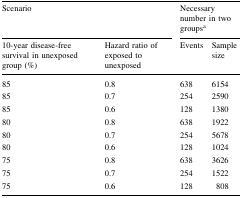
<table><thead><tr><td colspan="2"><b>Scenario</b></td><td colspan="2"><b>Necessary number in two groups<sup>a</sup></b></td></tr><tr><td><b>10-year disease-free survival in unexposed group (%)</b></td><td><b>Hazard ratio of exposed to unexposed</b></td><td><b>Events</b></td><td><b>Sample size</b></td></tr></thead><tbody><tr><td>85</td><td>0.8</td><td>638</td><td>6154</td></tr><tr><td>85</td><td>0.7</td><td>254</td><td>2590</td></tr><tr><td>85</td><td>0.6</td><td>128</td><td>1380</td></tr><tr><td>80</td><td>0.8</td><td>638</td><td>1922</td></tr><tr><td>80</td><td>0.7</td><td>254</td><td>5678</td></tr><tr><td>80</td><td>0.6</td><td>128</td><td>1024</td></tr><tr><td>75</td><td>0.8</td><td>638</td><td>3626</td></tr><tr><td>75</td><td>0.7</td><td>254</td><td>1522</td></tr><tr><td>75</td><td>0.6</td><td>128</td><td>808</td></tr></tbody></table>